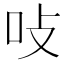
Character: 𭇅